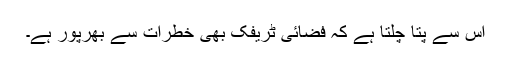
اس سے پتا چلتا ہے کہ فضائی ٹریفک بھی خطرات سے بھرپور ہے۔